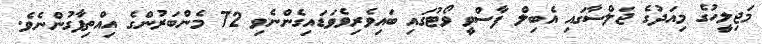
މަޖިލީހުގެ މިއަދުގެ ޖަލްސާގައި އެބިލް ފާސްވީ ވޯޓުގައި ބައިވެރިވެވަޑައިގެންނެވި 72 މެންބަރުންގެ އިއްތިފާގުންނެވެ.